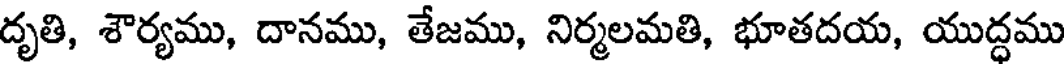
దృతి, శౌర్యము, దానము, తేజము, నిర్మలమతి, భూతదయ, యుద్ధము